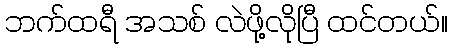
ဘက်ထရီ အသစ် လဲဖို့လိုပြီ ထင်တယ်။